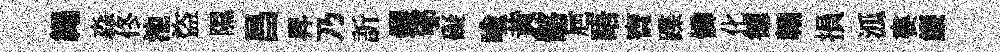
繩淼佟池盜隰昌昇乃訢钁郇礙喩黄髂巵晤寶蹀憐化徳翺損泒婁簾